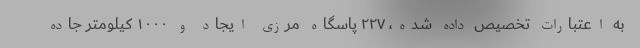
به اعتبارات تخصیص داده شده، ۲۲۷ پاسگاه مرزی ایجاد و ۱۰۰۰ کیلومتر جاده